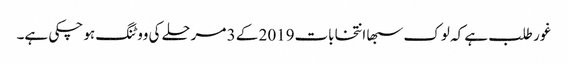
غور طلب ہے کہ لوک سبھا انتخابات2019 کے 3 مرحلے کی ووٹنگ ہو چکی ہے۔